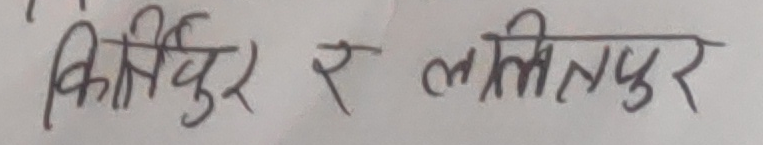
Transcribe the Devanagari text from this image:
किर्तिपुर र ललितपुर